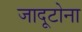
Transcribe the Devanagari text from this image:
जादूटोना